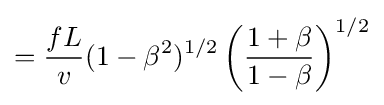
={\frac {fL}{v}}(1-\beta ^{2})^{1/2}\left({\frac {1+\beta }{1-\beta }}\right)^{1/2}